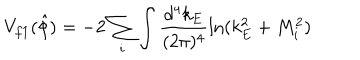
LaTeX: V _ { f 1 } ( \hat { \phi } ) = - 2 \sum _ { i } \int \frac { d ^ { 4 } k _ { E } } { ( 2 \pi ) ^ { 4 } } \ln ( k _ { E } ^ { 2 } + M _ { i } ^ { 2 } )